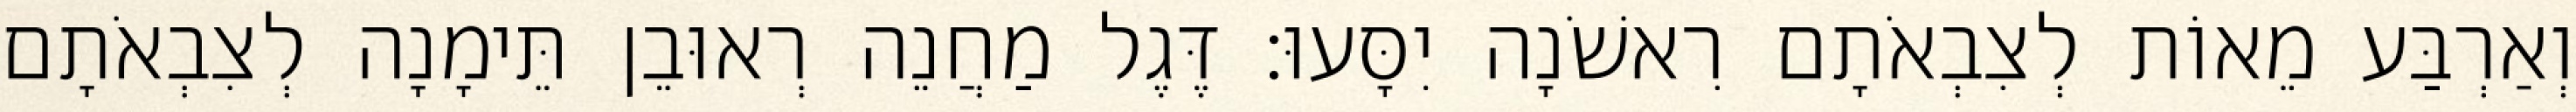
וְאַרְבַּע מֵאוֹת לְצִבְאֹתָם רִאשֹׁנָה יִסָּעוּ׃ דֶּגֶל מַחֲנֵה רְאוּבֵן תֵּימָנָה לְצִבְאֹתָם